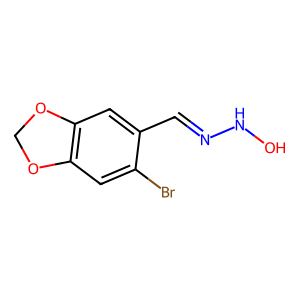
SMILES: ONN=Cc1cc2c(cc1Br)OCO2
Inhibits HIV replication: No